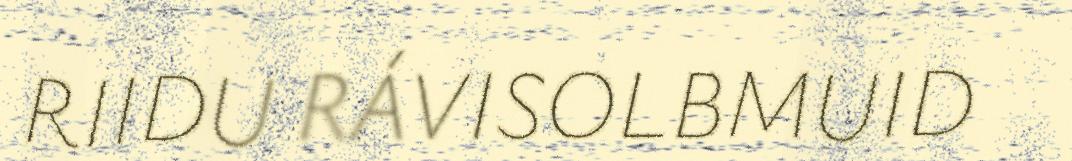
RIIDU RÁVISOLBMUID